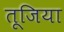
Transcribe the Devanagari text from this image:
तूजिया